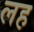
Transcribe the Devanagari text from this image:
लह